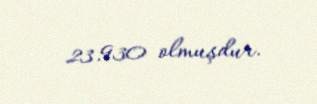
23.930 olmuşdur.